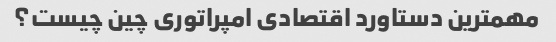
مهمترین دستاورد اقتصادی امپراتوری چین چیست؟